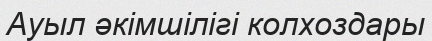
Ауыл әкімшілігі колхоздары